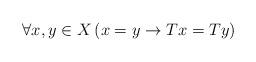
LaTeX: \begin{align*}\forall x,y\in X\left( x=y\rightarrow Tx=Ty\right)\end{align*}